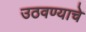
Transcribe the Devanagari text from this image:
उठवण्याचे